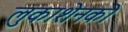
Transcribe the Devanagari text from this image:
लुकाशेनको